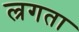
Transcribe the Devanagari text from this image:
ल्रगता